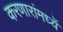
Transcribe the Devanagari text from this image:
करणारांमध्यें